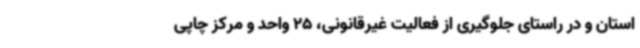
استان و در راستای جلوگیری از فعالیت غیرقانونی، 25 واحد و مرکز چاپی